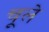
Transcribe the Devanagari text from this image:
चूले